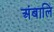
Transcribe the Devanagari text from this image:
अंबालि